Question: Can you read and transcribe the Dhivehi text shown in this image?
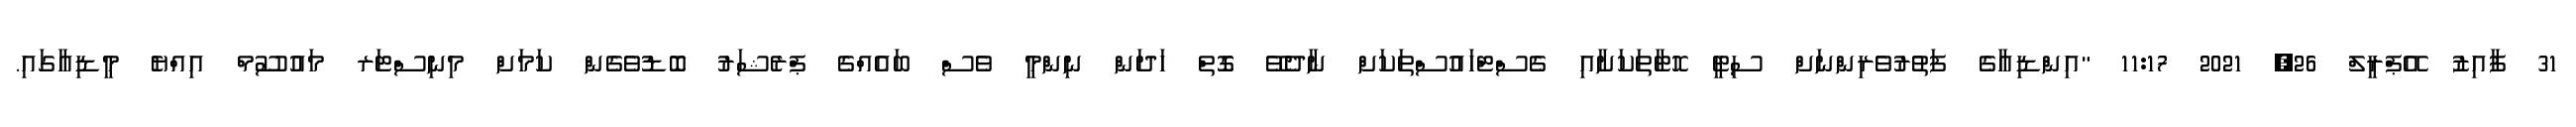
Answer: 31 ފާއިޒު އޭޕްރީލް 26, 2021 11:17 "އިންޑިއާގެ ފަތުރުވެރިންނަށް ސިޓީ ހޮޓާތަކަށާއި ގެސްޓްހައުސްތަކަށް ނާދެވޭ ގޮތް ހަދަން ނިންމީ ވެސް ބައެއްގެ ޕްރެޝަރު ބޮޑުވެގެން ކަމަށް މިނިސްޓަރ މައުސޫމް އިއްޔެ މީޑިއާގައި.